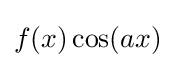
f(x)\cos(ax)